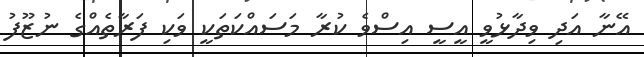
އޭނާ އަދި ވިދާޅުވީ އީސީ އިސްވެ ކުރާ މަސައްކަތަކީ ވަކި ފަރާތެއްގެ ނުޒޫފު